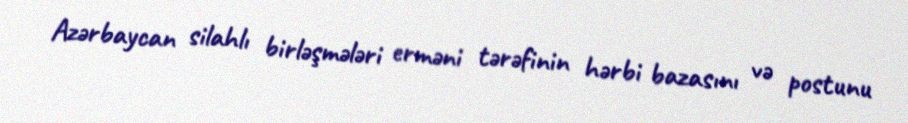
Azərbaycan silahlı birləşmələri erməni tərəfinin hərbi bazasını və postunu